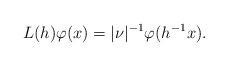
LaTeX: \begin{align*} L(h) \varphi(x) = |\nu|^{-1} \varphi(h^{-1} x).\end{align*}